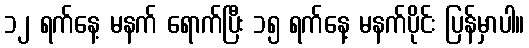
၁၂ ရက်နေ့ မနက် ရောက်ပြီး ၁၅ ရက်နေ့ မနက်ပိုင်း ပြန်မှာပါ။